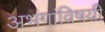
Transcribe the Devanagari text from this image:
अभंगांविषयी